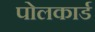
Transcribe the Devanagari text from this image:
पोलकार्ड